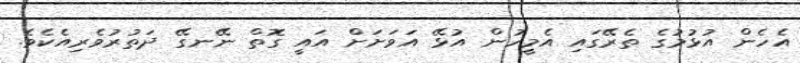
އެހެން އުޅުމުގެ ތެރޭގައި އެމީހުން އުޅޭ އަވަށަށް އައީ ގޮތް ނޭނގޭ ދަތުރުވެރިއެކެވެ.